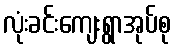
လုံးခင်းကျေးရွာအုပ်စု